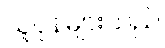
သူပုန်များသည်